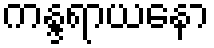
ကန္ဒရာယနော